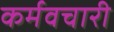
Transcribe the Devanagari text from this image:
कर्मवचारी